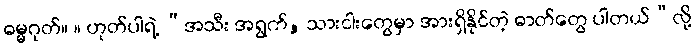
ဓမ္မဂုတ်။ ။ ဟုတ်ပါရဲ့ “အသီး အရွက်, သားငါးတွေမှာ အားရှိနိုင်တဲ့ ဓာတ်တွေ ပါတယ်”လို့